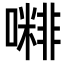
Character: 𡁭